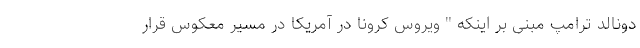
دونالد ترامپ مبنی بر اینکه " ویروس کرونا در آمریکا در مسیر معکوس قرار